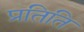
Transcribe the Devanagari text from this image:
प्रतिति